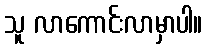
သူ လာကောင်းလာမှာပါ။